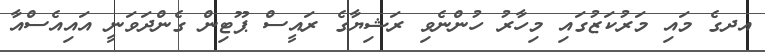
އދގެ މައި މަރުކަޒުގައި މިހާރު ހުންނެވި ރަޝިޔާގެ ރައީސް ޕޫޓިން ގެންދަވަނީ އައިއެސްއާ